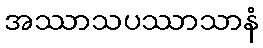
အဿာသပဿာသာနံ